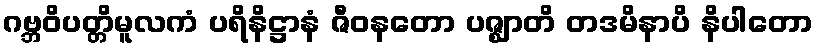
ဂဗ္ဘဝိပတ္တိမူလကံ ပရိနိဋ္ဌာနံ ဇီဝနတော ပဇ္ဈာတိ တဒမိနာပိ နိပါတော